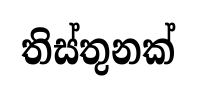
තිස්තුනක්